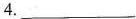
4.___